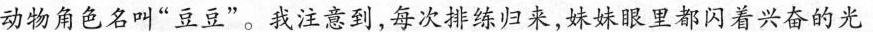
动物角色名叫”豆豆”。我注意到，每次排练归来，妹妹眼里都闪着兴奋的光